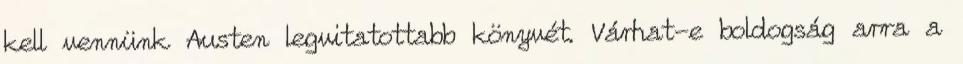
kell vennünk Austen legvitatottabb könyvét. Várhat-e boldogság arra a